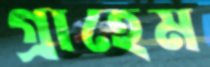
গ্রাহেম